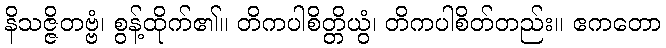
နိသဇ္ဇိတဗ္ဗံ၊ စွန့်ထိုက်၏။ တိကပါစိတ္တိယွံ၊ တိကပါစိတ်တည်း။ ဧကတော